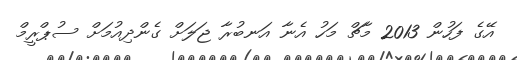
އޭގެ ފަހުން 2013 މާޗް މަހު އެނާ އަނބުރާ ޖަލަށް ގެންދިއުމަށް ސުޕްރީމް